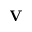
\mathbf { V }